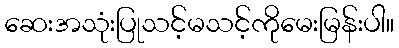
ဆေးအသုံးပြုသင့်မသင့်ကိုမေးမြန်းပါ။